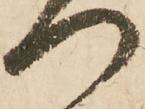
つ